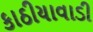
કાઠીયાવાડી